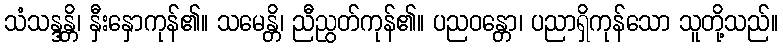
သံသန္ဒန္တိ၊ နှီးနှောကုန်၏။ သမေန္တိ၊ ညီညွတ်ကုန်၏။ ပညဝန္တော၊ ပညာရှိကုန်သော သူတို့သည်။